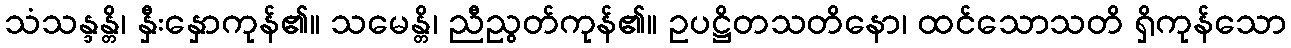
သံသန္ဒန္တိ၊ နှီးနှောကုန်၏။ သမေန္တိ၊ ညီညွတ်ကုန်၏။ ဥပဋ္ဌိတသတိနော၊ ထင်သောသတိ ရှိကုန်သော